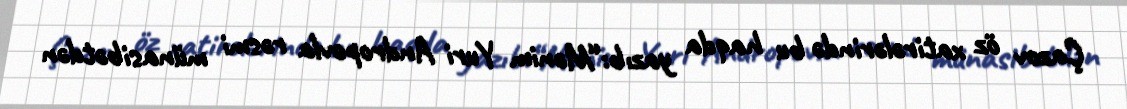
Çazov öz xatirələrində bu haqda yazıb:“Mənim Yuri Andropovla rəsmi münasibətdən